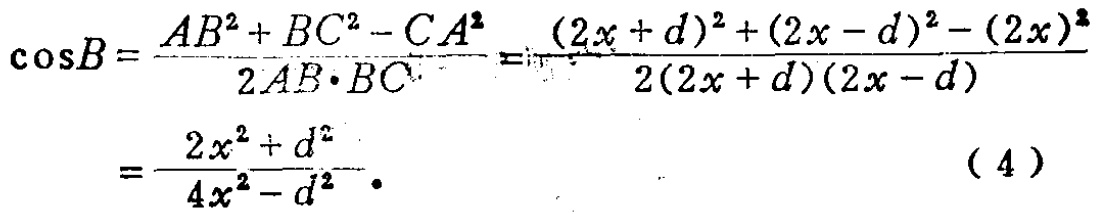
\[\begin{align*}

\cos B&=\frac{AB^{2}+BC^{2}-CA^{2}}{2AB\cdot BC}=\frac{(2x + d)^{2}+(2x - d)^{2}-(2x)^{2}}{2(2x + d)(2x - d)}\\

&=\frac{2x^{2}+d^{2}}{4x^{2}-d^{2}}. \quad(4)

\end{align*}\]